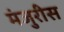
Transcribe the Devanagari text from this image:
मंजुरीस